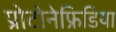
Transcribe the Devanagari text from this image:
प्रोटोनेफ्रिडिया